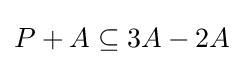
P+A\subseteq 3A-2A